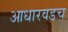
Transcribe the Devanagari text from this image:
आधारवडच